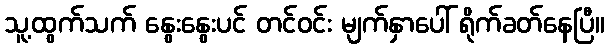
သူ့ထွက်သက် နွေးနွေးပင် တင်ဝင်း မျက်နှာပေါ် ရိုက်ခတ်နေပြီ။